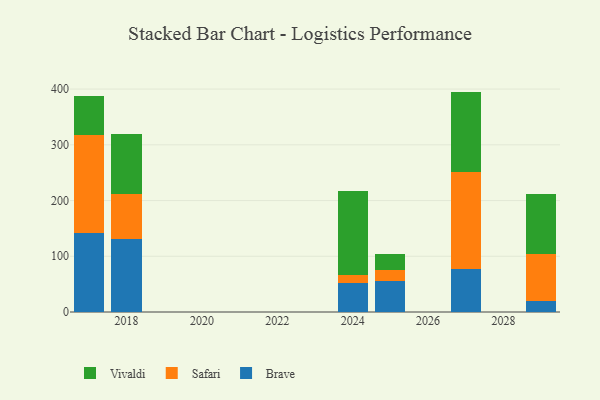
{"axis": {"x": "Year", "y": "LTV (USD)"}, "legend": ["Brave", "Safari", "Vivaldi"], "data": [{"x": "2025", "y": 55.6, "type": "Brave"}, {"x": "2025", "y": 20.4, "type": "Safari"}, {"x": "2025", "y": 28.4, "type": "Vivaldi"}, {"x": "2029", "y": 20.5, "type": "Brave"}, {"x": "2029", "y": 82.9, "type": "Safari"}, {"x": "2029", "y": 108.0, "type": "Vivaldi"}, {"x": "2018", "y": 131.3, "type": "Brave"}, {"x": "2018", "y": 80.3, "type": "Safari"}, {"x": "2018", "y": 108.7, "type": "Vivaldi"}, {"x": "2017", "y": 141.7, "type": "Brave"}, {"x": "2017", "y": 176.1, "type": "Safari"}, {"x": "2017", "y": 70.6, "type": "Vivaldi"}, {"x": "2027", "y": 76.5, "type": "Brave"}, {"x": "2027", "y": 173.9, "type": "Safari"}, {"x": "2027", "y": 145.1, "type": "Vivaldi"}, {"x": "2024", "y": 52.4, "type": "Brave"}, {"x": "2024", "y": 13.2, "type": "Safari"}, {"x": "2024", "y": 152.1, "type": "Vivaldi"}]}